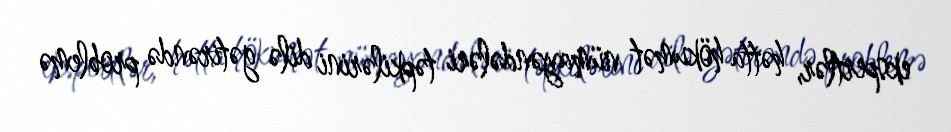
ekspertlər, hətta hökumət nümayəndələri təpkilərini dilə gətirəndə problemə